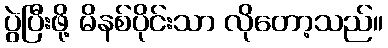
ပွဲပြီးဖို့ မိနစ်ပိုင်းသာ လိုတော့သည်။